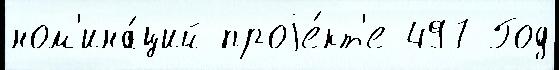
ном'ина́ций проjе́кт'е 497 Год